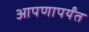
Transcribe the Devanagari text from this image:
आपणापर्यंत